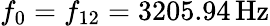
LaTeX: f_{0}=f_{12}=3205.94\, \mathrm{Hz}